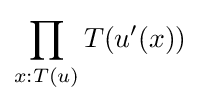
\prod _{x:T(u)}T(u'(x))